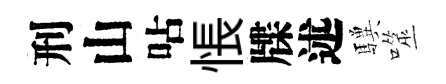
刑山呫悵牒述驥噬